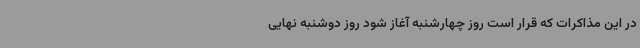
در این مذاکرات که قرار است روز چهارشنبه آغاز شود روز دوشنبه نهایی